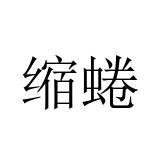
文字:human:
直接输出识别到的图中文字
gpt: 缩蜷